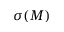
\sigma ( M )